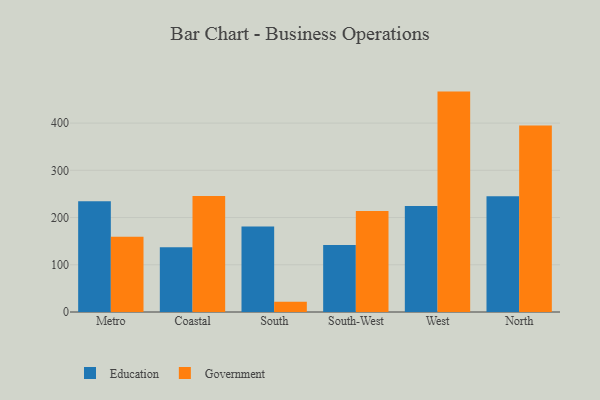
{"axis": {"x": "Region", "y": "Inventory Turnover"}, "legend": ["Education", "Government"], "data": [{"x": "Metro", "y": 234.3, "type": "Education"}, {"x": "Metro", "y": 159.6, "type": "Government"}, {"x": "Coastal", "y": 137.0, "type": "Education"}, {"x": "Coastal", "y": 245.8, "type": "Government"}, {"x": "South", "y": 181.3, "type": "Education"}, {"x": "South", "y": 21.6, "type": "Government"}, {"x": "South-West", "y": 141.8, "type": "Education"}, {"x": "South-West", "y": 214.1, "type": "Government"}, {"x": "West", "y": 224.3, "type": "Education"}, {"x": "West", "y": 466.7, "type": "Government"}, {"x": "North", "y": 245.3, "type": "Education"}, {"x": "North", "y": 394.8, "type": "Government"}]}